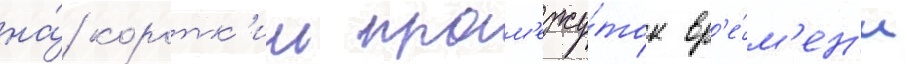
на́ коротк'ии пром'ежу́ток вр'е́м'ен'и